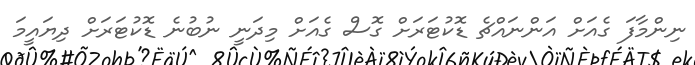
ނިންމާފަ ގެއަށް އަންނައްޗެ ޑޮކުޓަރަށް ގޮސް ގެއަށް މިދަނީ ނުބުނެ ޑޮކުޓަރަށް ދިޔައީމަ